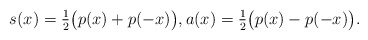
\begin{align*}s(x)= \tfrac{1}{2} \big( p(x) + p(-x)\big), a(x) =\tfrac{1}{2} \big( p(x)-p(-x)\big).\end{align*}